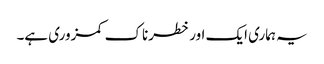
یہ ہماری ایک اور خطرناک کمزوری ہے۔